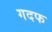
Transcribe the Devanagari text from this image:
गदफ